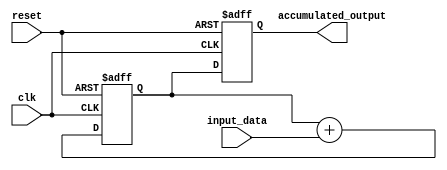
module Parallel_accumulator(
  input wire clk,
  input wire reset,
  input wire [7:0] input_data,
  output reg [15:0] accumulated_output
);

reg [15:0] partial_sum;

always @(posedge clk or posedge reset) begin
  if (reset) begin
    accumulated_output <= 16'b0;
    partial_sum <= 16'b0;
  end else begin
    partial_sum <= partial_sum + {8'b0, input_data};
    accumulated_output <= partial_sum;
  end
end

endmodule